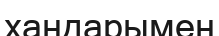
хандарымен